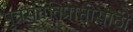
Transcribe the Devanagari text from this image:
पुत्रसंततिप्राप्तीसाठी